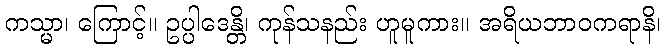
ကသ္မာ၊ ကြောင့်။ ဥပ္ပါဒေန္တိ၊ ကုန်သနည်း ဟူမူကား။ အရိယဘာဝကရာနိ၊